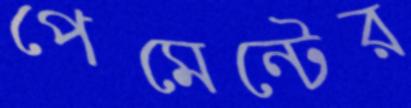
পেমেন্টের